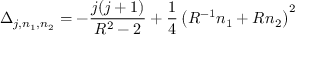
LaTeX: \Delta _ { j , n _ { 1 } , n _ { 2 } } = - { \frac { j ( j + 1 ) } { R ^ { 2 } - 2 } } + { \frac { 1 } { 4 } } \left( R ^ { - 1 } n _ { 1 } + R n _ { 2 } \right) ^ { 2 }